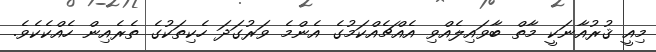
މިއީ ޤުރުއާނަކީ މާތް ބާވައިލެއްވި އެއްޗެއްކަމުގެ އެންމެ ވަރުގަދަ ހެކިތަކުގެ ތެރެއިން ހެއްކެކެވެ.